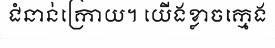
ជំនាន់ក្រោយ។ យើងខ្លាចក្មេង